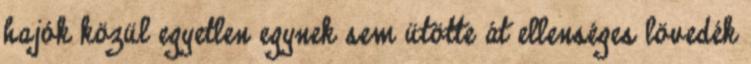
hajók közül egyetlen egynek sem ütötte át ellenséges lövedék